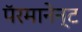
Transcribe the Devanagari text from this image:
पॅरमानेन्ट